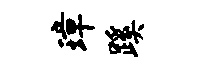
璋蹊